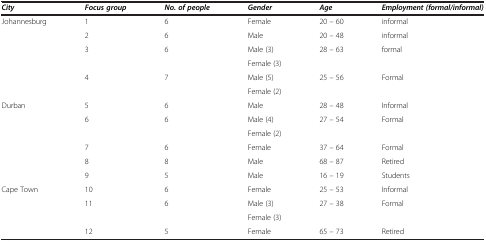
| City | Focus group | No. of people | Gender | Age | Employment (formal/informal) |
 | --- | --- | --- | --- | --- | --- |
 | <ROWSPAN=6> Johannesburg | 1 | 6 | Female | 20 – 60 | informal |
 | 2 | 6 | Male | 20 – 48 | informal |
 | 3 | 6 | Male (3) | 28 – 63 | formal |
 |  |  | Female (3) |  |  |
 | 4 | 7 | Male (5) | 25 – 56 | Formal |
 |  |  | Female (2) |  |  |
 | <ROWSPAN=6> Durban | 5 | 6 | Male | 28 – 48 | Informal |
 | 6 | 6 | Male (4) | 27 – 54 | Formal |
 |  |  | Female (2) |  |  |
 | 7 | 6 | Female | 37 – 64 | Formal |
 | 8 | 8 | Male | 68 – 87 | Retired |
 | 9 | 5 | Male | 16 – 19 | Students |
 | <ROWSPAN=4> Cape Town | 10 | 6 | Female | 25 – 53 | Informal |
 | 11 | 6 | Male (3) | 27 – 38 | Formal |
 |  |  | Female (3) |  |  |
 | 12 | 5 | Female | 65 – 73 | Retired |